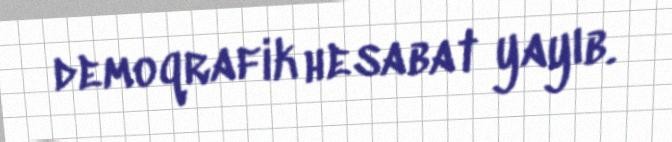
demoqrafik hesabat yayıb.